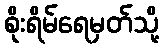
စိုးရိမ်ရေမှတ်သို့